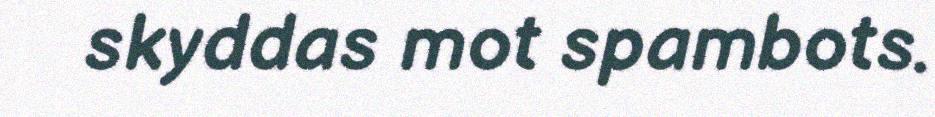
skyddas mot spambots.